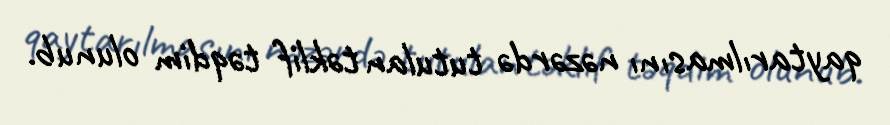
qaytarılmasını nəzərdə tutulan təklif təqdim olunub.